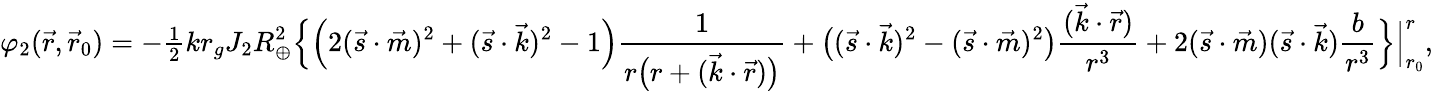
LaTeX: \varphi_{2}(\vec{r},\vec{r}_{0})=-{\textstyle\frac{1}{2}}kr_{g}J_{2}R_{\oplus}^{2}\Big\{ \Big(2({\vec{s}}\cdot{\vec{m}})^{2}+({\vec{s}}\cdot{\vec{k}})^{2}-1\Big)\frac{1}{r\big(r+({\vec{k}}\cdot{\vec{r}})\big)}+\big(({\vec{s}}\cdot{\vec{k}})^{2}-({\vec{s}}\cdot{\vec{m}})^{2}\big)\frac{(\vec{k}\cdot\vec{r})}{r^{3}}+2({\vec{s}}\cdot{\vec{m}})({\vec{s}}\cdot{\vec{k}})\frac{b}{r^{3}}\Big\} \Big|_{r_{0}}^{r},